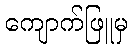
ကျောက်ဖြူမှ